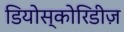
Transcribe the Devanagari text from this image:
डियोस्कोरिडीज़